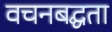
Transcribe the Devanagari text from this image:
वचनबद्घता